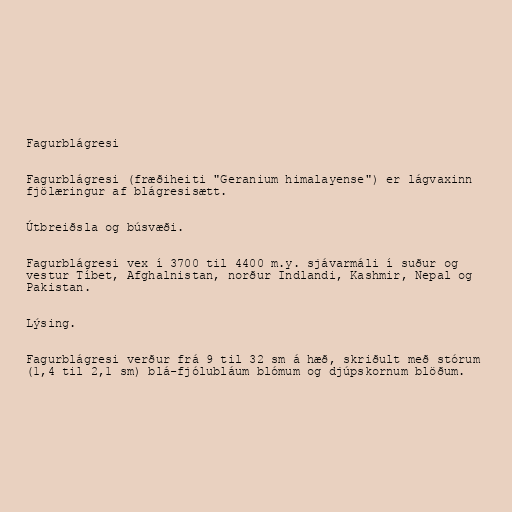
Fagurblágresi

Fagurblágresi (fræðiheiti "Geranium himalayense") er lágvaxinn
fjölæringur af blágresisætt.

Útbreiðsla og búsvæði.

Fagurblágresi vex í 3700 til 4400 m.y. sjávarmáli í suður og
vestur Tíbet, Afghalnistan, norður Indlandi, Kashmir, Nepal og
Pakistan.

Lýsing.

Fagurblágresi verður frá 9 til 32 sm á hæð, skriðult með stórum
(1,4 til 2,1 sm) blá-fjólubláum blómum og djúpskornum blöðum.